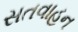
સતવાહન